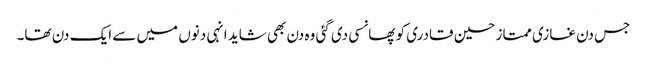
جس دن غازی ممتاز حسین قادری کو پھانسی دی گئی وہ دن بھی شاید انہی دنوں میں سے ایک دن تھا۔